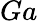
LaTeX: Ga